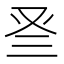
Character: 𠬴